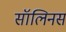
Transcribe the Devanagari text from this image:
सॉलिनस